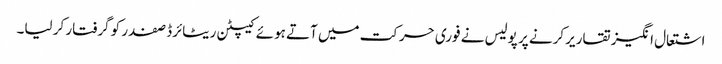
اشتعال انگیز تقاریر کرنے پر پولیس نے فوری حرکت میں آتے ہوئے کیپٹن ریٹائرڈ صفدر کو گرفتار کر لیا۔